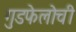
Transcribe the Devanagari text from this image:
गुडफेलोची